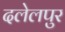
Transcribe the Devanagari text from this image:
दलेलपुर